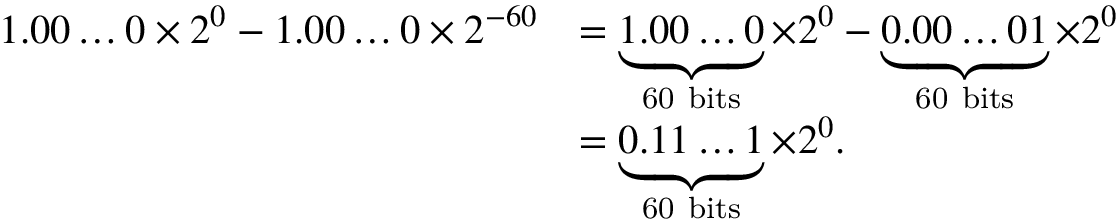
{ \begin{array} { r l } { 1 . 0 0 \ldots 0 \times 2 ^ { 0 } - 1 . 0 0 \ldots 0 \times 2 ^ { - 6 0 } } & { = \underbrace { 1 . 0 0 \ldots 0 } _ { \mathrm { 6 0 ~ b i t s } } \times 2 ^ { 0 } - \underbrace { 0 . 0 0 \ldots 0 1 } _ { \mathrm { 6 0 ~ b i t s } } \times 2 ^ { 0 } } \\ & { = \underbrace { 0 . 1 1 \ldots 1 } _ { \mathrm { 6 0 ~ b i t s } } \times 2 ^ { 0 } . } \end{array} }